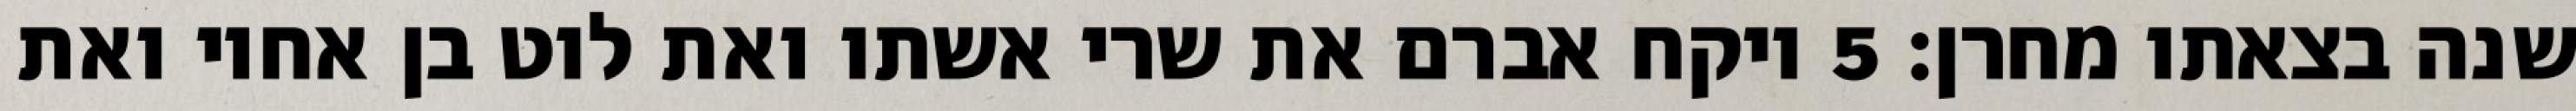
שנה בצאתו מחרן׃ ‎5‏ ויקח אברם את שרי אשתו ואת לוט בן אחיו ואת